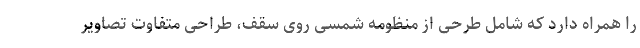
را همراه دارد که شامل طرحی از منظومه شمسی روی سقف، طراحی متفاوت تصاویر